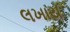
લખાય